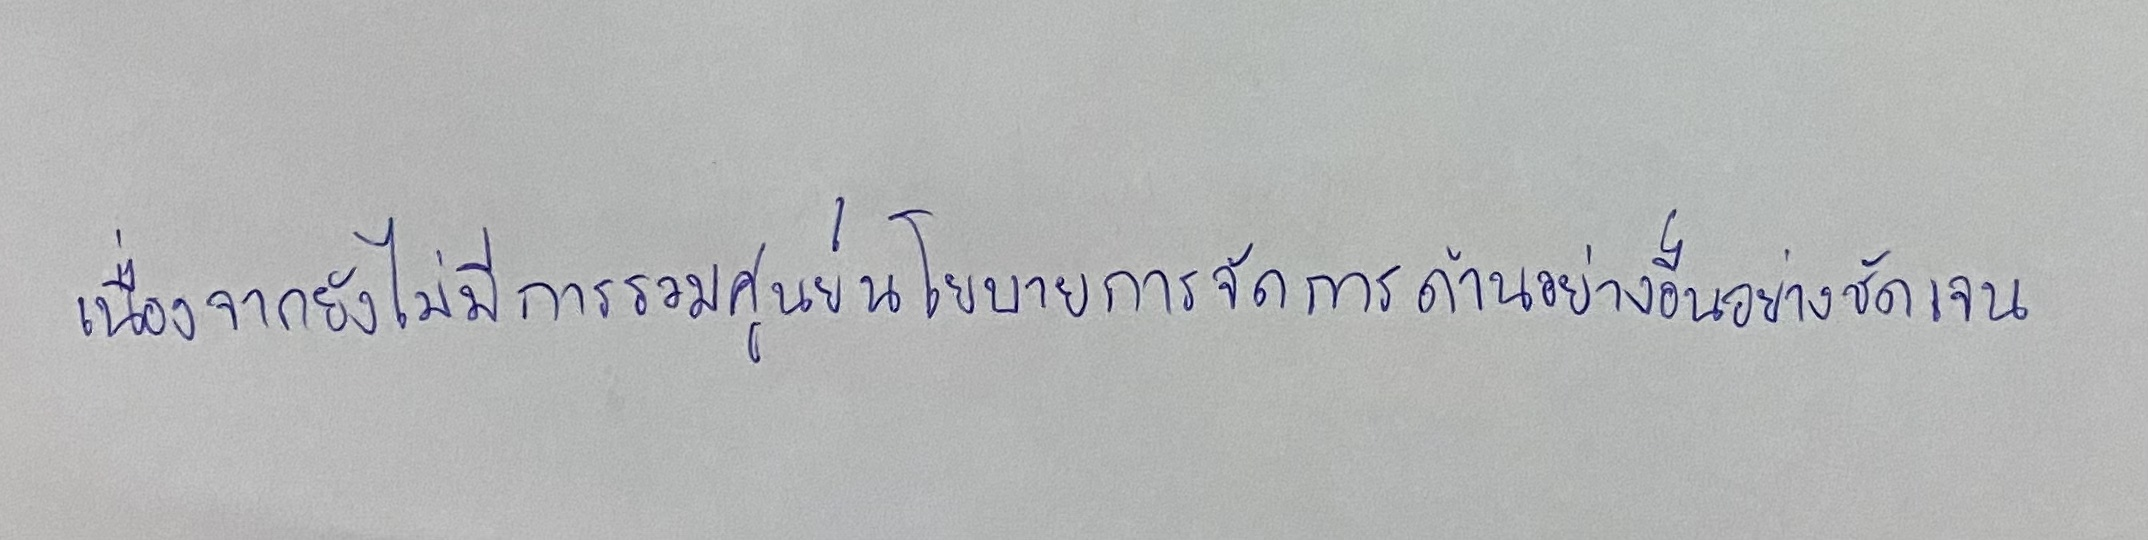
เนื่องจากยังไม่มีการรวมศูนย์นโยบายการจัดการด้านอื่นอย่างชัดเจน